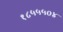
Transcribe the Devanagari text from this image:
१८५५५०४